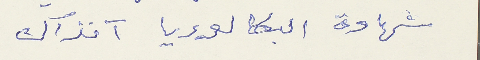
شهادة البكالوريا آنذاك